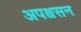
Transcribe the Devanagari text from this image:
अपश्वसन